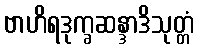
ဗာဟိရဒုက္ခဆန္ဒာဒိသုတ္တံ